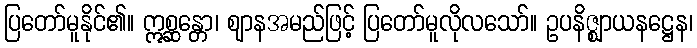
ပြတော်မူနိုင်၏။ ဣစ္ဆန္တော၊ ဈာနအမည်ဖြင့် ပြတော်မူလိုလသော်။ ဥပနိဇ္ဈာယနဋ္ဌေန၊